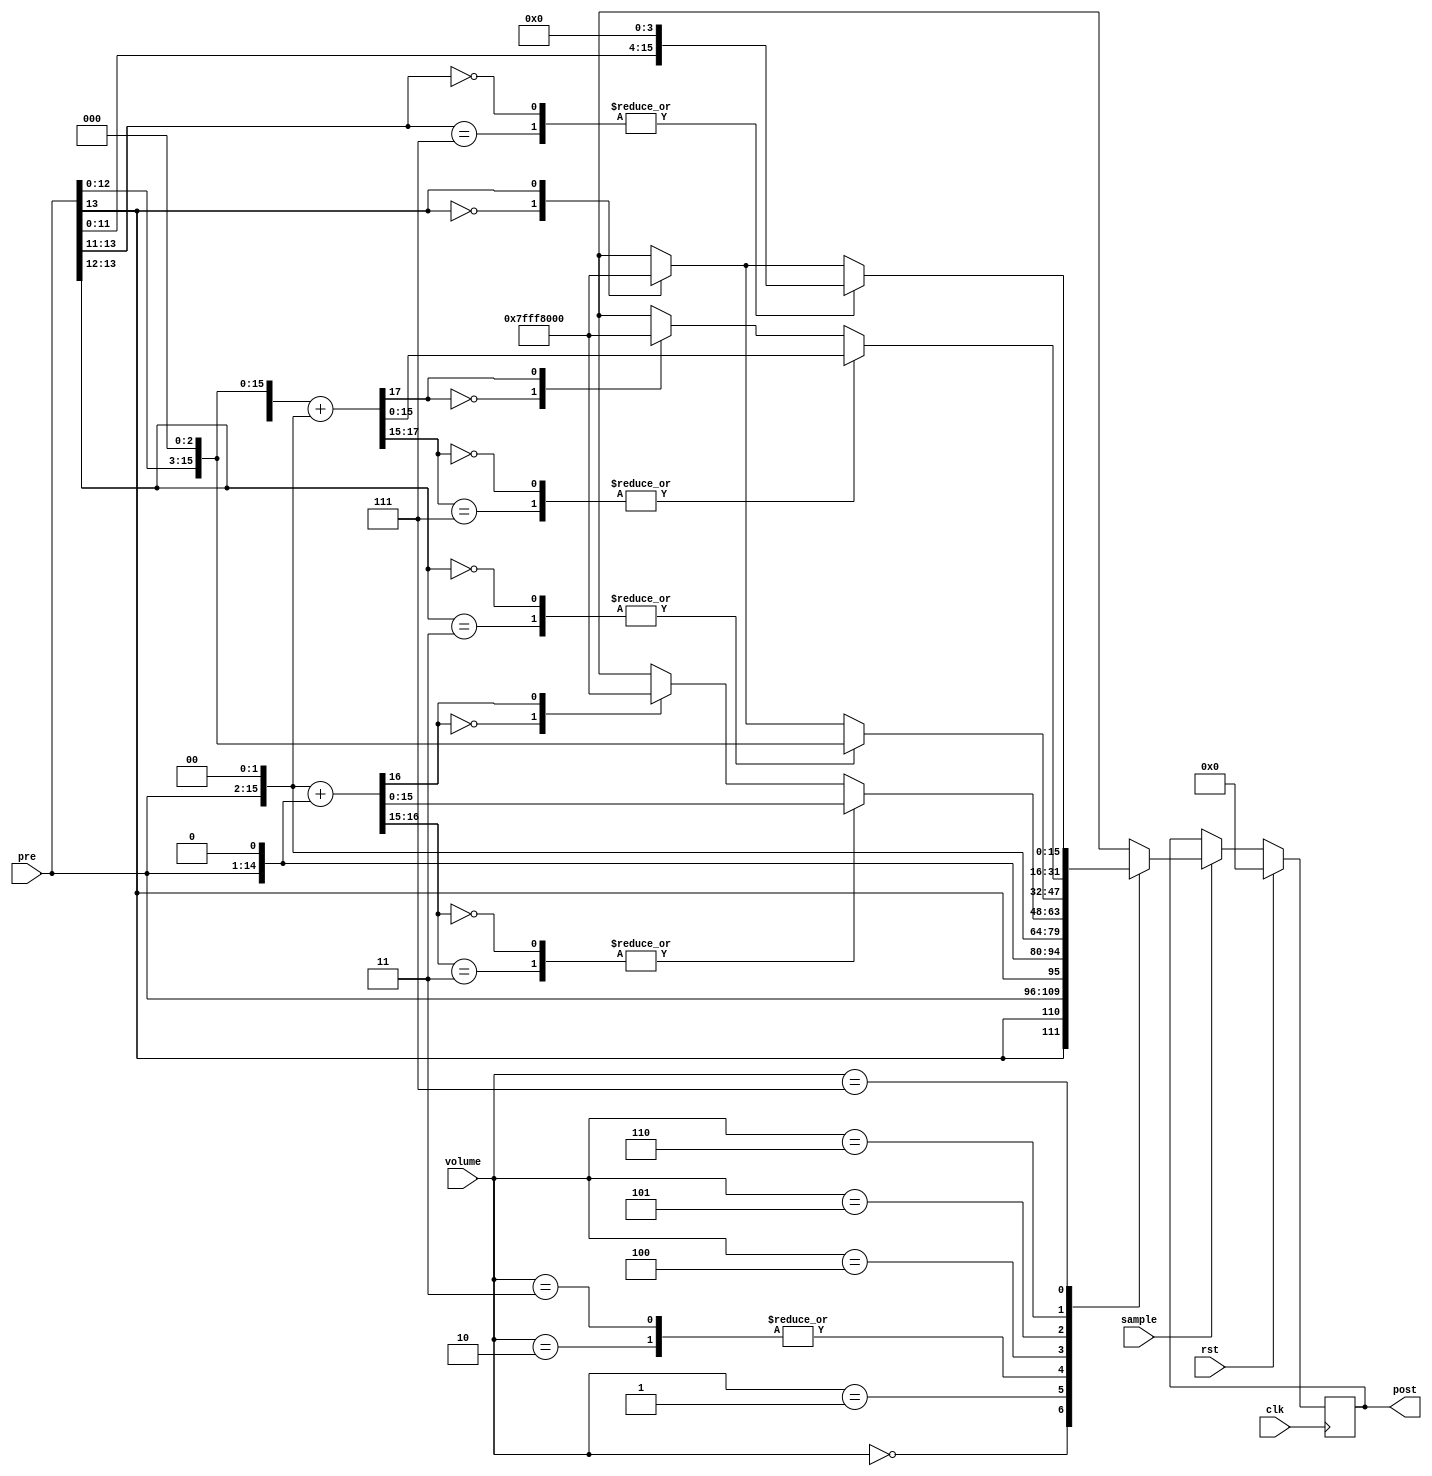
`timescale 1ns / 1ps


/* This file is part of JT12.

 
	JT12 program is free software: you can redistribute it and/or modify
	it under the terms of the GNU General Public License as published by
	the Free Software Foundation, either version 3 of the License, or
	(at your option) any later version.

	JT12 program is distributed in the hope that it will be useful,
	but WITHOUT ANY WARRANTY; without even the implied warranty of
	MERCHANTABILITY or FITNESS FOR A PARTICULAR PURPOSE.  See the
	GNU General Public License for more details.

	You should have received a copy of the GNU General Public License
	along with JT12.  If not, see <http://www.gnu.org/licenses/>.

	Author: Jose Tejada Gomez. Twitter: @topapate
	Version: 1.0
	Date: 23-2-2017	
	
*/



`timescale 1ns / 1ps

module jt12_amp(
	input			clk,
	input			rst,
	input			sample,
	input	[2:0]	volume,

	input		signed	[13:0]	pre,	
	output	reg signed	[15:0]	post
);

wire signed [14:0] x2 = pre<<<1;
wire signed [15:0] x3 = x2+pre;
wire signed [15:0] x4 = pre<<<2;
//wire signed [16:0] x5 = x4+pre;
wire signed [16:0] x6 = x4+x2;
//wire signed [16:0] x7 = x4+x3;
wire signed [16:0] x8 = pre<<<3;
wire signed [17:0] x12 = x8+x4;
wire signed [17:0] x16 = pre<<<4;

always @(posedge clk)
if( rst )
	post <= 16'd0;
else
if( sample )
	case( volume ) 
		3'd0: // /2
			post <= { {2{pre[13]}}, pre	};
		3'd1: // x1
			post <= { x2[14], x2	};
		3'd2: // x2
			post <= { x2, 1'd0   	};
			/*
		3'd3: // x3
			case( x3[15:14] )
				2'b00, 2'b11: post <= { x3[14:0], 1'd0 };
				2'b01: post <= 16'h7FFF;
				2'b10: post <= 16'h8000;
			endcase
			*/
		3'd3: // x4
			post <= x4;
			/*
		3'd5: // x5
			case( x5[16:15] )
				2'b00, 2'b11: post <= x5[15:0];
				2'b01: post <= 16'h7FFF;
				2'b10: post <= 16'h8000;
			endcase				
			*/
		3'd4: // x6
			casex( x6[16:15] )
				2'b00, 2'b11: post <= x6[15:0];
				2'b0x: post <= 16'h7FFF;
				2'b1x: post <= 16'h8000;
			endcase				
/*			
		3'd7: // x7
			case( x7[16:15] )
				2'b00, 2'b11: post <= x7[15:0];
				2'b01: post <= 16'h7FFF;
				2'b10: post <= 16'h8000;
			endcase	
*/			
		3'd5: // x8
			casex( x8[16:15] )
				2'b00, 2'b11: post <= x8[15:0];
				2'b0x: post <= 16'h7FFF;
				2'b1x: post <= 16'h8000;
			endcase
		3'd6: // x12
			casex( x12[17:15] )
				3'b000, 3'b111: post <= x12[15:0];
				3'b0xx: post <= 16'h7FFF;
				3'b1xx: post <= 16'h8000;				
			endcase	
		3'd7: // x16
			casex( x16[17:15] )
				3'b000, 3'b111: post <= x16[15:0];
				3'b0xx: post <= 16'h7FFF;
				3'b1xx: post <= 16'h8000;				
			endcase						
	endcase

endmodule

module jt12_amp_stereo(
	input			clk,
	input			rst,
	input			sample,

	input			[ 5:0]	psg,
	input			enable_psg,

	input	signed	[11:0]	fmleft,
	input	signed	[11:0]	fmright,
	input	[2:0]	volume,
	
	output	signed	[15:0]	postleft,
	output	signed	[15:0]	postright
);

wire signed	[13:0]	preleft;
wire signed	[13:0]	preright;

// psg, 6'd0 suena muy fuerte
// According to Nemesis:
// All 4 PSG channels at max combined is equivalent to the maximum output of a single YM2612 channel at max. 
// A single channel at max is 11'd255

//wire signed [5:0] psgm = psg-6'h20;
//wire signed [8:0] psg_dac = psgm<<<3;
//wire signed [12:0] psg_sum = {13{enable_psg}} & { {3{psg_dac[8]}}, psg_dac };

//wire signed [5:0] psgm = psg-6'h20;
wire signed [8:0] psg_dac = psg<<<3;

//wire signed [12:0] psg_sum = {13{enable_psg}} & { 3'b0, psg_dac };
wire signed [12:0] psg_sum = {13{enable_psg}} & { 2'b0, psg_dac, 1'b0 };


assign preleft = {  fmleft [11], fmleft, 1'd0 } + psg_sum;
assign preright= {  fmright[11],fmright, 1'd0 } + psg_sum;

jt12_amp amp_left(
	.clk	( clk		),
	.rst	( rst		),
	.sample	( sample	),
	.pre	( preleft	),
	.post	( postleft	),
	.volume	( volume	)
);

jt12_amp amp_right(
	.clk	( clk		),
	.rst	( rst		),
	.sample	( sample	),
	.pre	( preright	),
	.post	( postright	),
	.volume	( volume	)
);

endmodule